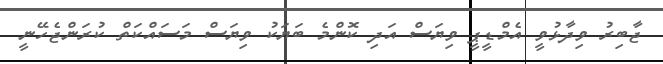
ޖާބިރު ވިދާޅުވީ އެމްޑީޕީ ވިޔަސް އަދި ކޮންމެ ބަޔަކު ވިޔަސް މަސައްކަތް ކުރަންޖެހޭނީ